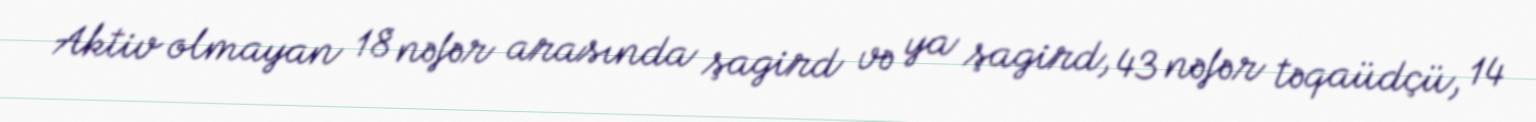
Aktiv olmayan 18 nəfər arasında şagird və ya şagird, 43 nəfər təqaüdçü, 14